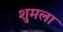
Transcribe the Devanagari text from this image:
शुमला